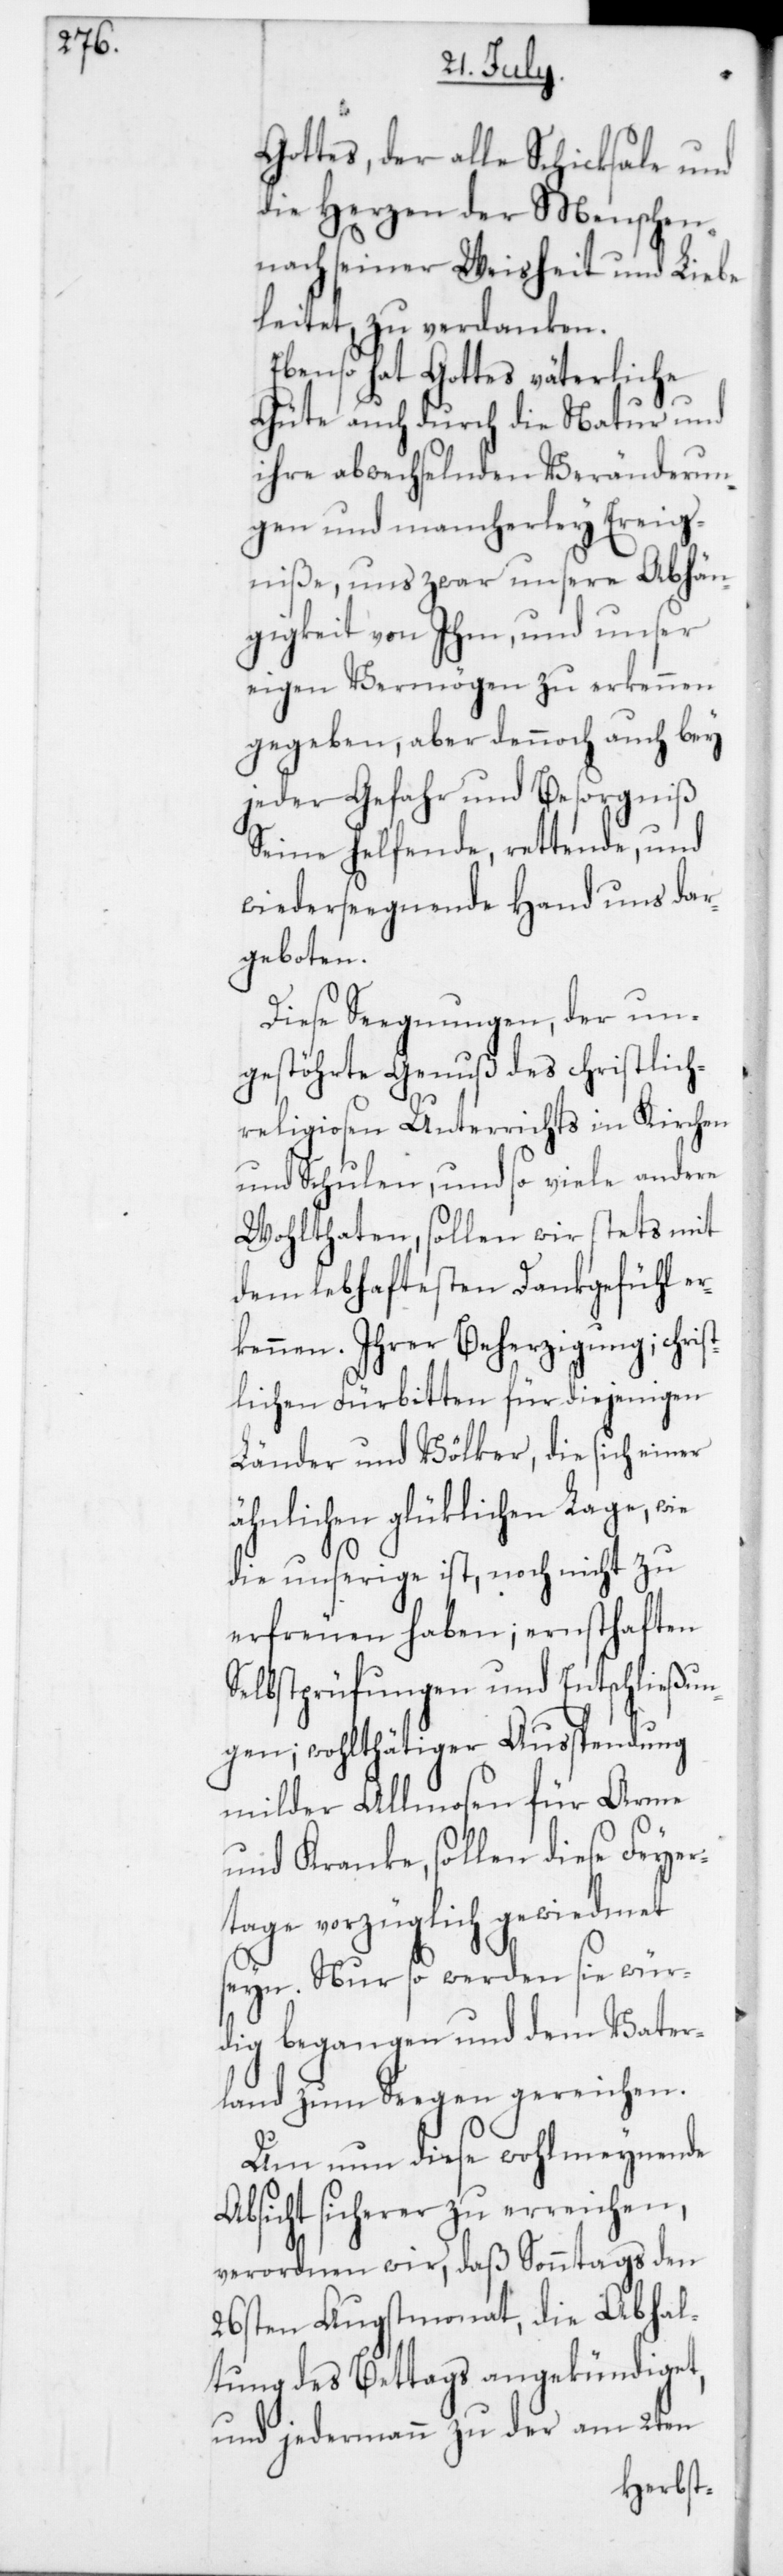
Gottes, der alle Schicksale und
die Herzen der Menschen
nach seiner Weisheit und Liebe
leitet, zu verdanken.
Ebenso hat Gottes väterliche
Güte und durch die Natur und
ihre abwechselnden Veränderun¬
gen und mancherley Ereig¬
niße, uns zwar unsere Abhän¬
gigkeit von Ihm, und unser
eigen Vermögen zu erkennen
gegeben, aber dennoch auch bey
jeder Gefahr und Besorgniß
Seine helfende, rettende und
wiederseegnende Hand uns dar¬
geboten.
Diese Seegnungen, der un¬
gestöhrte Genuß des christlic¬
h-religiosen Unterrichts in Kirchen
und Schulen, und so viele andere
Wohlthaten, sollen wir stets mit
dem lebhaftetsten Dankgefühl er¬
kennen. Ihrer Beherzigung; chris¬
tlichen Fürbitten für diejenigen
Länder und Völker, die sich einer
ähnlichen glüklichen Lage, wie
die unsrige ist, noch nicht zu
erfreuen haben; ernsthaften
Selbstprüfungen und Entschließun¬
gen; wohlthätiger Ausspendung
milder Allmosen für Arme
und Kranke, sollen diese Feyer¬
tage vorzüglich gewiedmet
seyn. Nur so werden sie wür¬
dig begangen und dem Vater¬
land zum Seegen gereichen.
Um nun diese wohlmeynende
Absicht sicherer zu erreichen,
verordnen wir, daß Sonntags den
26sten Augstmonat, die Abhal¬
tung des Bettags angekündiget,
und jedermann zu der am 2ten